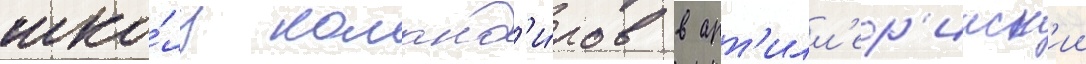
шко́лу команд'и́ров в арт'илл'ер'ииск'ии